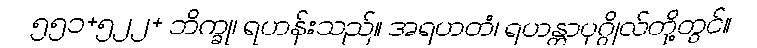
၅၅၁+၅၂၂+ ဘိက္ခု၊ ရဟန်းသည်။ အရဟတံ၊ ရဟန္တာပုဂ္ဂိုလ်တို့တွင်။